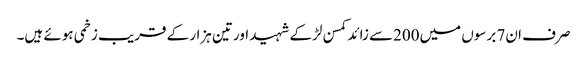
صرف ان7 برسوں میں200سے زائد کمسن لڑکے شہید اورتین ہزار کے قریب زخمی ہوئے ہیں۔